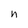
Character: n